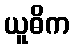
ယူဓိက